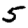
Digit: 5